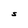
Character: S